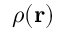
\rho ( { \bf r } )